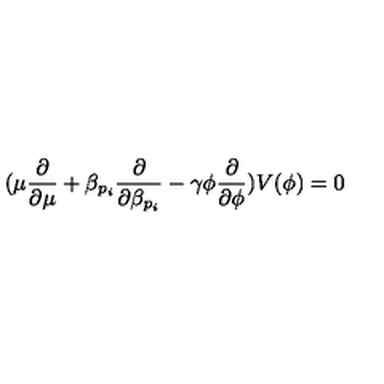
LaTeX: ( \mu \frac { \partial } { \partial \mu } + \beta _ { p _ { i } } \frac { \partial } { \partial \beta _ { p _ { i } } } - \gamma \phi \frac { \partial } { \partial \phi } ) V ( \phi ) = 0